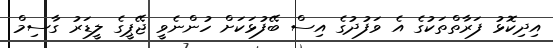
އިދިކޮޅު ފަރާތްތަކުގެ އެ ވަފުދުގެ އިސް ބޭފުޅަކަށް ހުންނެވީ ޖޭޕީގެ ލީޑަރު ގާސިމް